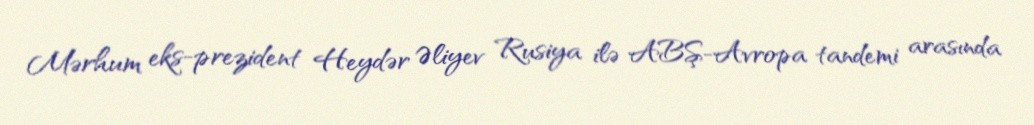
Mərhum eks-prezident Heydər Əliyev Rusiya ilə ABŞ-Avropa tandemi arasında